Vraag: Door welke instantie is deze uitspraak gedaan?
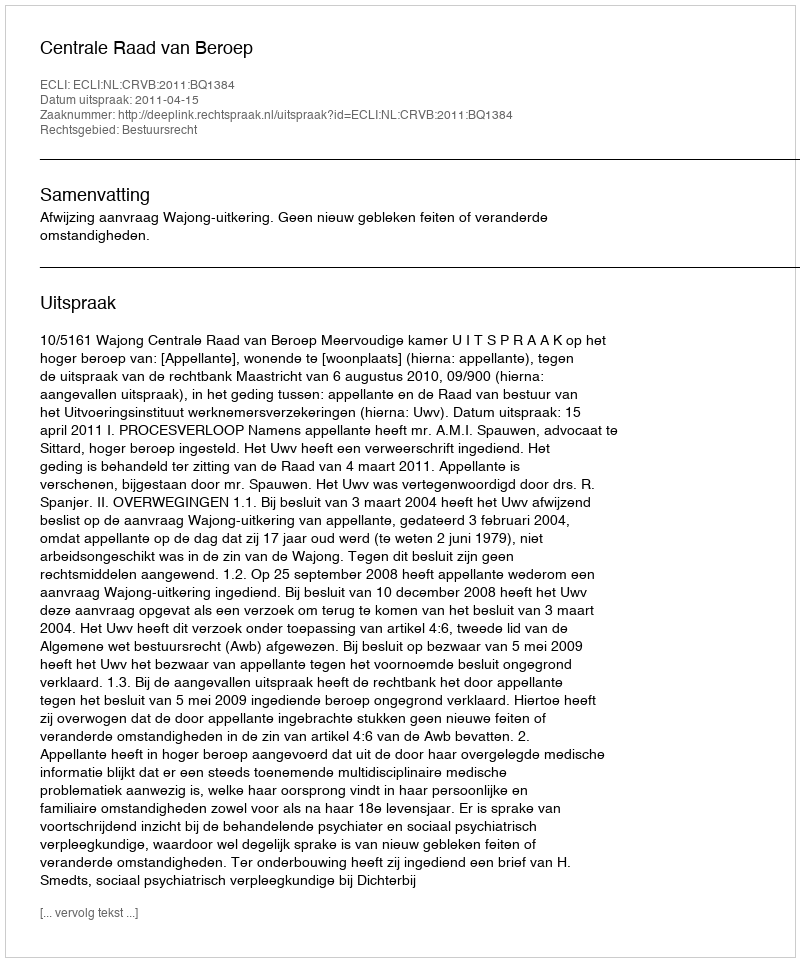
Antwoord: Centrale Raad van Beroep